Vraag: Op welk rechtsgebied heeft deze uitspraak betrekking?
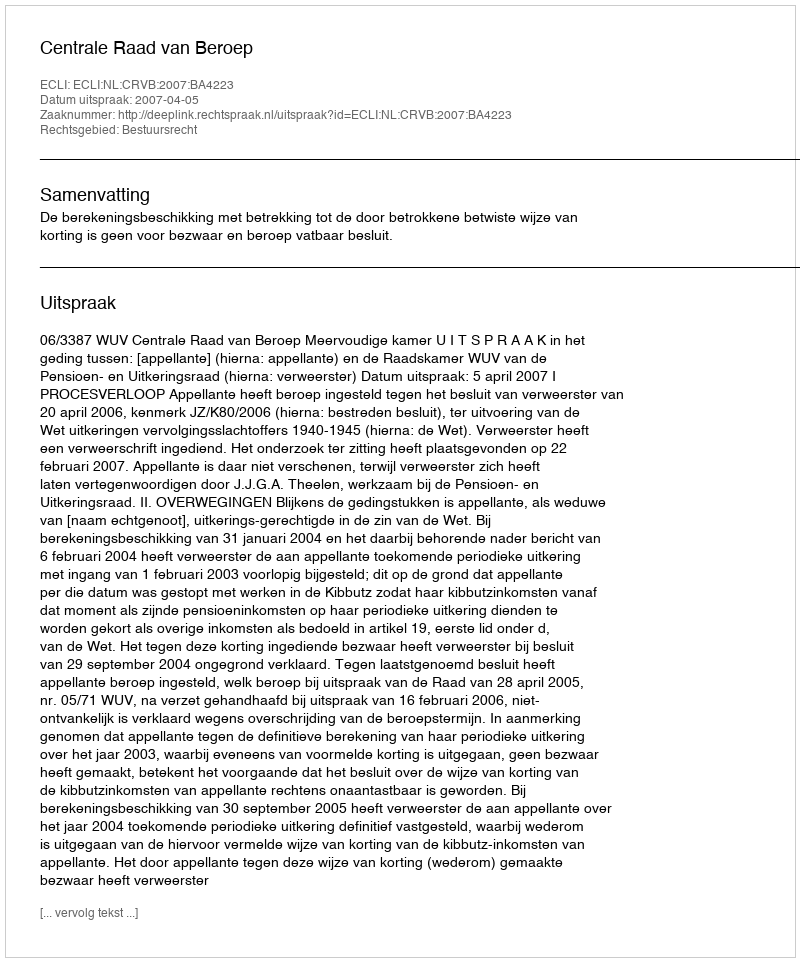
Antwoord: Bestuursrecht